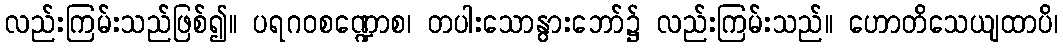
လည်းကြမ်းသည်ဖြစ်၍။ ပရဂဝစဏ္ဍောစ၊ တပါးသောနွားဘော်၌ လည်းကြမ်းသည်။ ဟောတိသေယျထာပိ၊